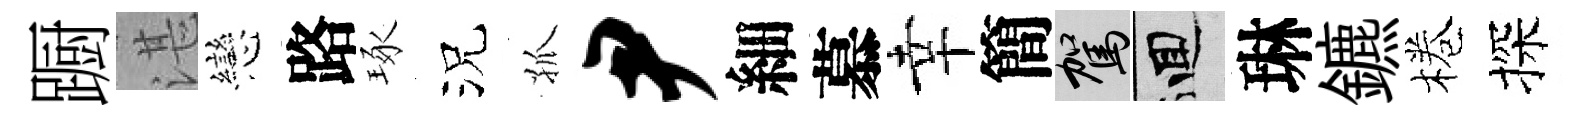
蹰湛戀路琢況孤尹細慕幸簡駕回琳鑣棬探